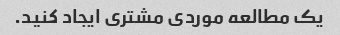
یک مطالعه موردی مشتری ایجاد کنید.